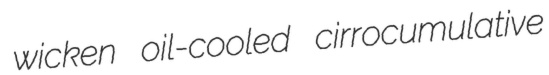
wicken oil-cooled cirrocumulative